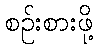
စဉ်းစားဖို့